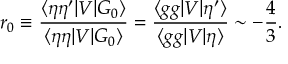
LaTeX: r _ { 0 } \equiv \frac { \langle \eta \eta ^ { \prime } | V | G _ { 0 } \rangle } { \langle \eta \eta | V | G _ { 0 } \rangle } = \frac { \langle g g | V | \eta ^ { \prime } \rangle } { \langle g g | V | \eta \rangle } \sim - \frac { 4 } { 3 } .